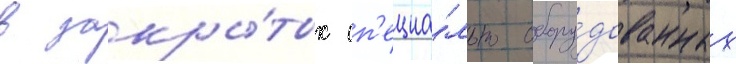
в закры́тых сп'ециа́льно обору́дованных